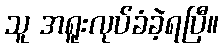
သူ အရူးလုပ်ခံခဲ့ရပြီ။